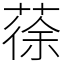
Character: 蒣